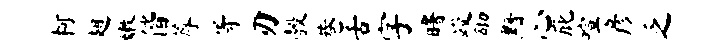
柯翅嫩偕蓐胥刃彀巷舌字曙竣砌黯心庇喧彦乏